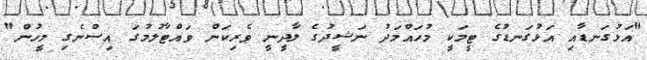
"އަޅުގަނޑާއި އަޅުގަނޑުގެ ޓީމަކީ މުހައްމަދު ނަޝީދުގެ ލާދީނީ ވެރިކަން ވައްޓާލުމުގަ އިސްނެގި މީހުން"